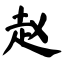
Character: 赵